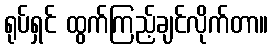
ရုပ်ရှင် ထွက်ကြည့်ချင်လိုက်တာ။